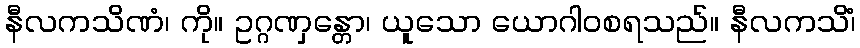
နီလကသိဏံ၊ ကို။ ဥဂ္ဂဏှန္တော၊ ယူသော ယောဂါဝစရသည်။ နီလကသိံ၊